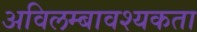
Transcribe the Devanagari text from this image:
अविलम्बावश्यकता